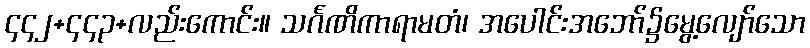
၄၄၂+၄၄၃+လည်းကောင်း။ သင်္ဂဏိကာရာမတံ၊ အပေါင်းအဘော်၌မွေ့လျော်သော